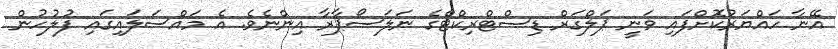
އޭނާ ހައްޔަރުކޮށްފައި ވަނީ ޕަލްގަރް ޑިސްޓްރިކްޓްގެ ނަލަސޯޕާރާ އިންނެވެ. އެ މައްސަލައިގައި ފުލުހުން